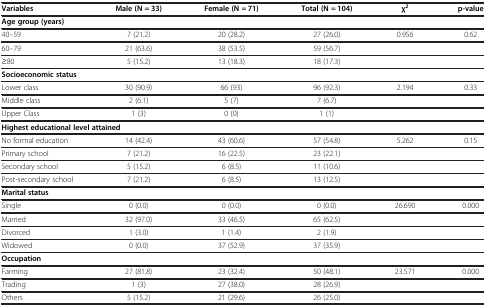
| Variables | Male (N = 33) | Female (N = 71) | Total (N = 104) | χ2 | p-value |
 | --- | --- | --- | --- | --- | --- |
 | <COLSPAN=6> Age group (years) |
 | 40–59 | 7 (21.2) | 20 (28.2) | 27 (26.0) | 0.956 | 0.62 |
 | 60–79 | 21 (63.6) | 38 (53.5) | 59 (56.7) |  |  |
 | ≥80 | 5 (15.2) | 13 (18.3) | 18 (17.3) |  |  |
 | <COLSPAN=6> Socioeconomic status |
 | Lower class | 30 (90.9) | 66 (93) | 96 (92.3) | 2.194 | 0.33 |
 | Middle class | 2 (6.1) | 5 (7) | 7 (6.7) |  |  |
 | Upper Class | 1 (3) | 0 (0) | 1 (1) |  |  |
 | <COLSPAN=6> Highest educational level attained |
 | No formal education | 14 (42.4) | 43 (60.6) | 57 (54.8) | 5.262 | 0.15 |
 | Primary school | 7 (21.2) | 16 (22.5) | 23 (22.1) |  |  |
 | Secondary school | 5 (15.2) | 6 (8.5) | 11 (10.6) |  |  |
 | Post-secondary school | 7 (21.2) | 6 (8.5) | 13 (12.5) |  |  |
 | <COLSPAN=6> Marital status |
 | Single | 0 (0.0) | 0 (0.0) | 0 (0.0) | 26.690 | 0.000 |
 | Married | 32 (97.0) | 33 (46.5) | 65 (62.5) |  |  |
 | Divorced | 1 (3.0) | 1 (1.4) | 2 (1.9) |  |  |
 | Widowed | 0 (0.0) | 37 (52.9) | 37 (35.9) |  |  |
 | <COLSPAN=6> Occupation |
 | Farming | 27 (81.8) | 23 (32.4) | 50 (48.1) | 23.571 | 0.000 |
 | Trading | 1 (3) | 27 (38.0) | 28 (26.9) |  |  |
 | Others | 5 (15.2) | 21 (29.6) | 26 (25.0) |  |  |